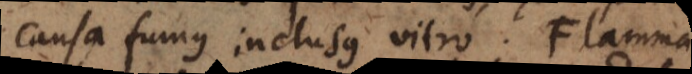
causa fumus inclusus vitro. Flamma